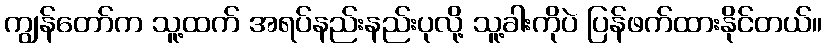
ကျွန်တော်က သူ့ထက် အရပ်နည်းနည်းပုလို့ သူ့ခါးကိုပဲ ပြန်ဖက်ထားနိုင်တယ်။